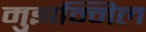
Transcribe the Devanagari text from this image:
मुझम्मिल